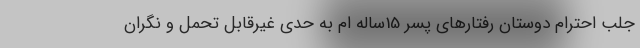
جلب احترام دوستان رفتارهای پسر 15ساله ام به حدی غیرقابل تحمل و نگران